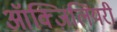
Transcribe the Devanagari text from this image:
ऑक्ज़िलियरी